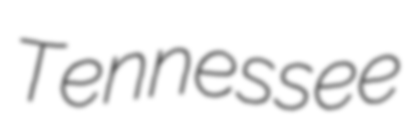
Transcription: Tennessee